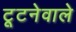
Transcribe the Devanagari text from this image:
टूटनेवाले